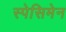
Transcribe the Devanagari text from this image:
स्पेसिमेन